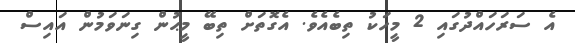
އެ ސަރަހައްދުގައި 2 މީހަކު ތިބެއެވެ. އެގޮތަށް ތިބޭ މީޙުން ގިނަވަމުން އައިސް